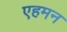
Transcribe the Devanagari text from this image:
एहमन